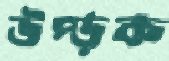
উপ্‌ড়ক